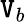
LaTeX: \mathtt{V}_{b}